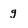
Character: g